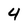
Character: 4